Statistical return of the lunatic asylum in Assam - 1912-1932
Year: 1912
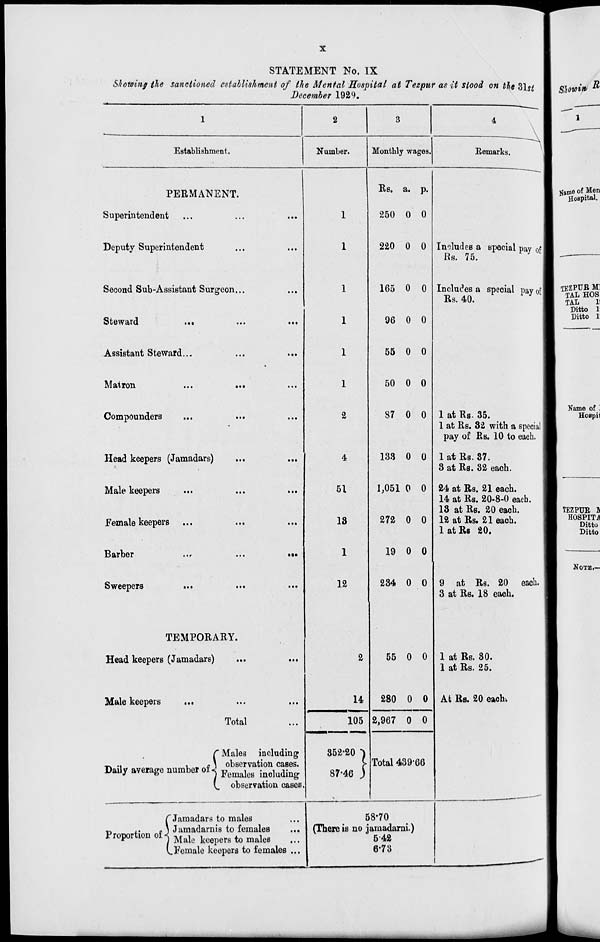
STATEMENT No. IX
Showing the sanctioned establishment of the Mental Hospital at Tezpur as it stood on the 31^
December 1929.
Establishment.
PERMANENT.
Superintendent
Deputy Superintendent
Second Sub-Assistant Surgeon
Steward
...
Assistant Steward...
Matron
Compounders
Head keepers (Jamadars)
Male keepers
Female keepers ...
Barber
Sweepers
TEMPORARY.
Head keepers (Jamadars)
Male keepers
Total
2
Number.
• ••
C Males including
«...
,
£ \ observation cases.
Daily average number of J Female6 ^^
V. observation cases.
C Jamadars to males
~
,.
p \ Jumadarnis to females
...
Proportion of < Male keepers fa maleg
(
V,Female keepers to females ...
2
51
18
1
12
Monthly wages.
Bemarks.
2
14
105
Rs. a. p-
250 0 0
220 0 0
165 0 0
96 0 0
55 0 0
50 0 0
87 0 0
133 0 0
1,051 0 0
272 0 0
19 0 0
234 0 0
55 0 0
280 0 0
Includes a special pay of
Rs. 75.
J
Includes a special pay of
Rs. 40.
1 at Rs. 35.
1 at Rs. 32 with a special j
pay of Rs. 10 to each.
1 at Rs. 87.
3 at Rs. 32 each.
24 at Rs. 21 each.
14 at Rs. 20-8-0 each.
13 at Rs. 20 each.
12 at Rs. 21 each.
1 at Rs 20.
9 at Rs. 20 each.
3 at Rs. 18 each.
2,967 0 0
t-20 }
•46 )
352-20
87
Total 439-66
1 at Rs. 80.
1 at Rs. 25.
At Rs. 20 each.
I
58*70
(There is no jamadarni.)
542
6-73